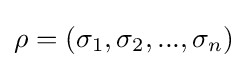
\rho =(\sigma _{1},\sigma _{2},...,\sigma _{n})